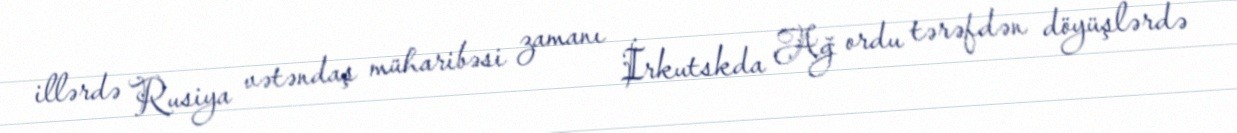
illərdə Rusiya vətəndaş müharibəsi zamanı İrkutskda Ağ ordu tərəfdən döyüşlərdə